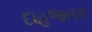
દાહજનક